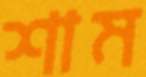
শাম